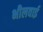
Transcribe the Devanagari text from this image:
भीलवाई